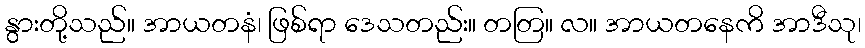
နွားတို့သည်။ အာယတနံ၊ ဖြစ်ရာ ဒေသတည်း။ တတြ။ လ။ အာယတနေကိ အာဒီသု၊